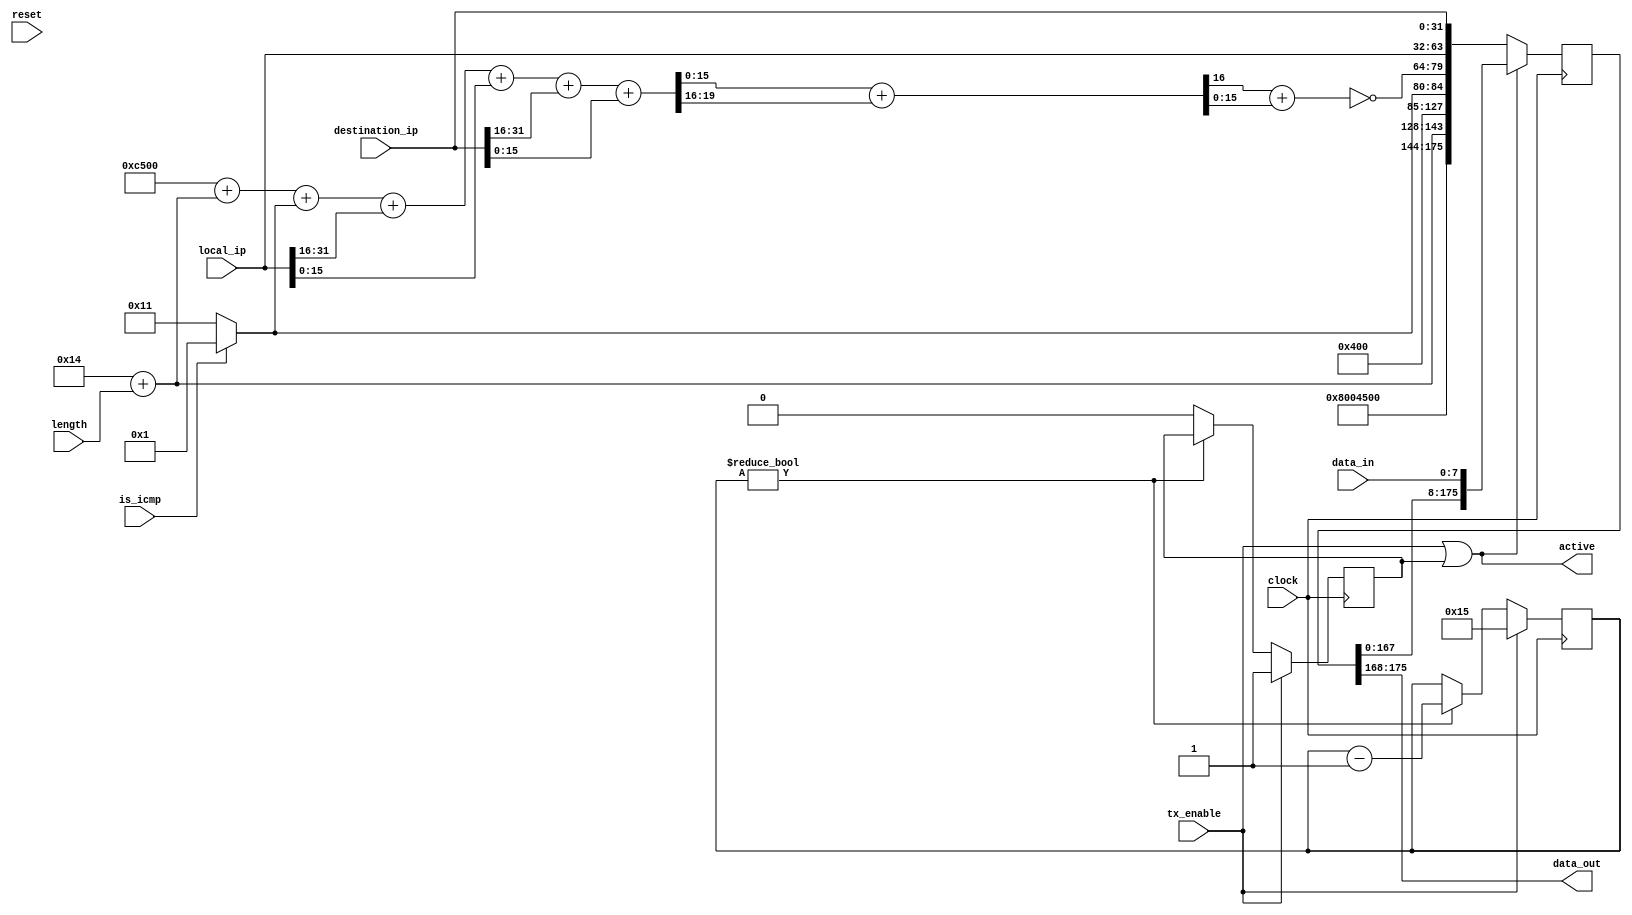
//
//  HPSDR - High Performance Software Defined Radio
//
//  Metis code. 
//
//  This program is free software; you can redistribute it and/or modify
//  it under the terms of the GNU General Public License as published by
//  the Free Software Foundation; either version 2 of the License, or
//  (at your option) any later version.
//
//  This program is distributed in the hope that it will be useful,
//  but WITHOUT ANY WARRANTY; without even the implied warranty of
//  MERCHANTABILITY or FITNESS FOR A PARTICULAR PURPOSE.  See the
//  GNU General Public License for more details.
//
//  You should have received a copy of the GNU General Public License
//  along with this program; if not, write to the Free Software
//  Foundation, Inc., 59 Temple Place, Suite 330, Boston, MA  02111-1307  USA


//  Metis code copyright 2010, 2011, 2012, 2013 Alex Shovkoplyas, VE3NEA.


module ip_send (
  input reset,
  input clock,
  input tx_enable,
  output active,

  input [7:0] data_in,
  output [7:0] data_out,
  input is_icmp,
  input [15:0] length,
  input [31:0] local_ip,
  input [31:0] destination_ip
  );
  
  
  
//-----------------------------------------------------------------------------
//                              ip header
//-----------------------------------------------------------------------------
//icmp or udp code
wire [7:0] protocol_code = is_icmp? 8'd1 : 8'd17;


//packet = header + payload 
wire [15:0] ip_packet_length = 16'd20 + length;
  
  
//ip checksum: 16 bit one's complement of the one's complement sum
wire [19:0] sum = 20'h0C500 + {4'b0, ip_packet_length} + {12'b0, protocol_code} + 
  {4'b0, local_ip[31:16]} + {4'b0, local_ip[15:0]} + 
  {4'b0, destination_ip[31:16]} + {4'b0, destination_ip[15:0]};  
  
wire [16:0] checksum_and_carry = {1'b0, sum[15:0]} + {13'b0, sum[19:16]};
wire [15:0] checksum = ~({15'b0, checksum_and_carry[16]} + checksum_and_carry[15:0]);


//ip header
localparam HDR_LEN = 5'd22;
localparam HI_BIT = HDR_LEN * 8 - 1;
wire [HI_BIT:0] tx_bits = {16'h0800, 16'h4500, ip_packet_length, 40'h0000_0000_80, protocol_code, checksum, local_ip, destination_ip};
reg [4:0] byte_no;


//shift register
reg [HI_BIT:0] shift_reg;
assign data_out = shift_reg[HI_BIT -: 8];




//-----------------------------------------------------------------------------
//                            state machine
//-----------------------------------------------------------------------------
localparam false = 1'b0, true = 1'b1;
reg sending = false;

assign active = tx_enable | sending;

  
always @(posedge clock)  
  begin
  //tx data
  if (active) shift_reg <= {shift_reg[HI_BIT-8:0], data_in};
  else shift_reg <= tx_bits;
  
  //send while payload is coming
  if (tx_enable) begin byte_no <= HDR_LEN - 5'd1; sending <= true; end
  //purge shift register
  else if (byte_no != 0) byte_no <= byte_no - 5'd1;
  //done
  else sending <= false;
  end
  
  
endmodule